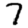
Digit: 7